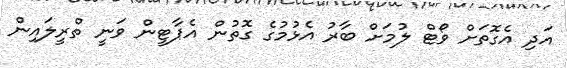
އަދި އެގޮތަށް ވޯޓް ލުމަށް ބާރު އެޅުމުގެ ގޮތުން އެޕާޓީން ވަނީ ތްރީލައިން